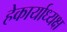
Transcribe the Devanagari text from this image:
हेकार्याध्यक्ष